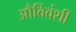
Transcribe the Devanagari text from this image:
औविवंशी